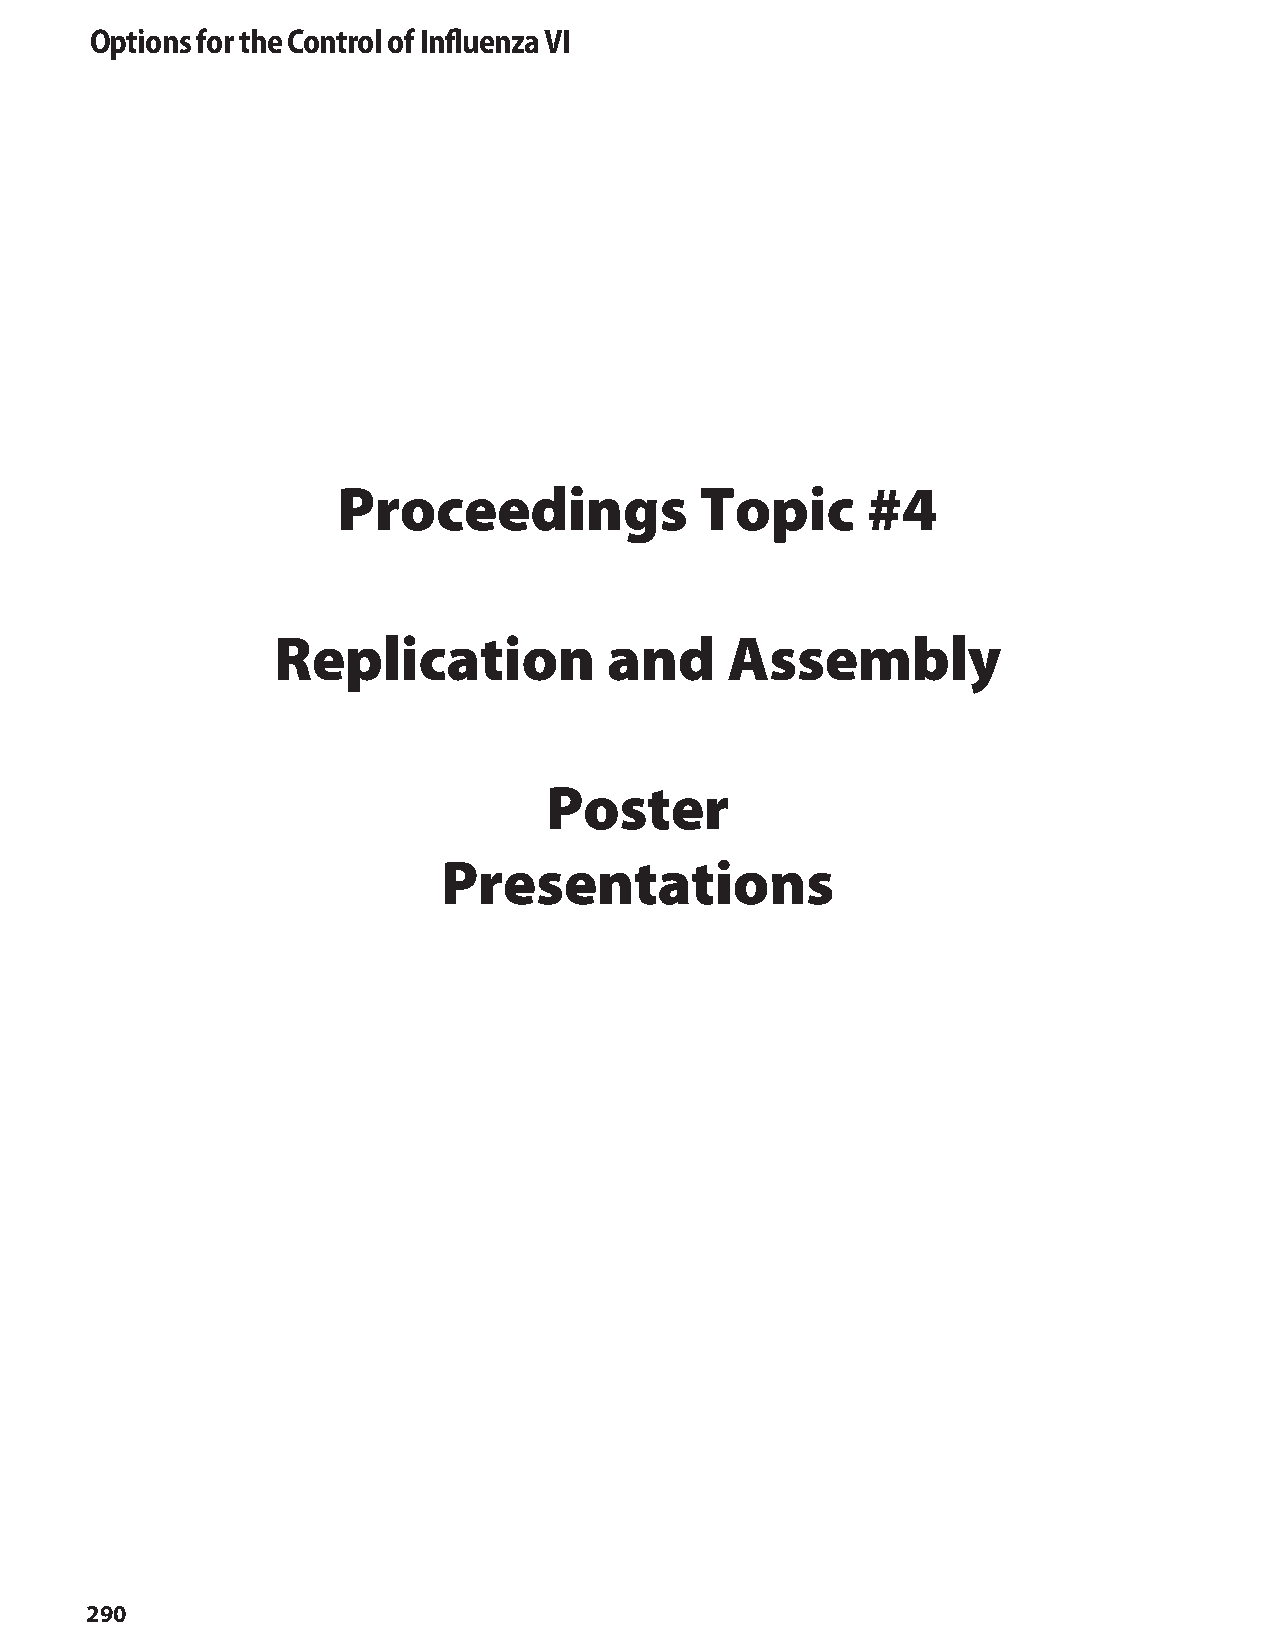
Options for the Control of Influenza VI
 Proceedings             Topic      #4
 Replication           and     Assembly
 Poster
 Presentations
 290